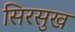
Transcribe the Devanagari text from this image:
सिरसुख